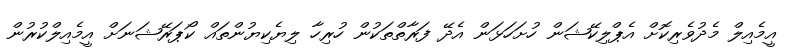
އީމެއިލް މެދުވެރިކޮށް އެޕްލިކޭޝަން ހުށަހަޅަން އެދޭ ފަރާތްތަކުން ހުރިހާ ލިޔެކިޔުންތައް ކޯޕަރޭޝަނަށް އީމެއިލްކުރުން